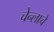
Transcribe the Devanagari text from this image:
चेन्लाचे